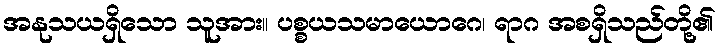
အနုသယရှိသော သူအား။ ပစ္စယသမာယောဂေ၊ ရာဂ အစရှိသည်တို့၏